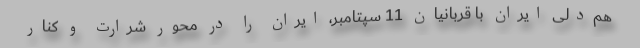
هم‌دلی ایران با قربانیان 11 سپتامبر، ایران را در محور شرارت و کنار